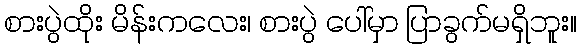
စားပွဲထိုး မိန်းကလေး၊ စားပွဲ ပေါ်မှာ ပြာခွက်မရှိဘူး။